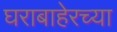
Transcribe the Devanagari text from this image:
घराबाहेरच्या